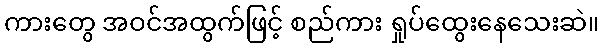
ကားတွေ အဝင်အထွက်ဖြင့် စည်ကား ရှုပ်ထွေးနေသေးဆဲ။